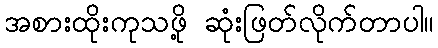
အစားထိုးကုသဖို့ ဆုံးဖြတ်လိုက်တာပါ။